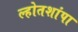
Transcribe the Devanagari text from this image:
ल्होतशांपा